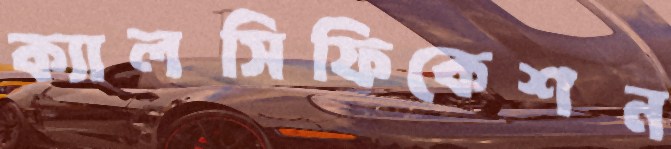
ক্যালসিফিকেশন